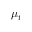
\mu _ { t }